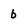
Character: b